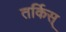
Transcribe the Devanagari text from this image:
तर्किस्